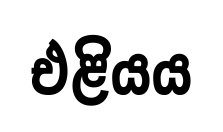
එළියය